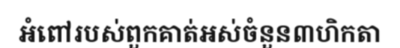
អំពៅរបស់ពួកគាត់អស់ចំនួន៣ហិកតា